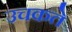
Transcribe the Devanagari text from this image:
उचकते